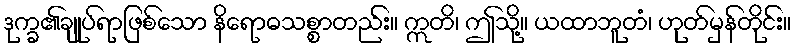
ဒုက္ခ၏ချုပ်ရာဖြစ်သော နိရောဓသစ္စာတည်း။ ဣတိ၊ ဤသို့။ ယထာဘူတံ၊ ဟုတ်မှန်တိုင်း။